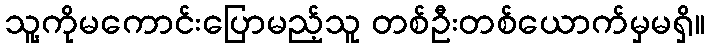
သူ့ကိုမကောင်းပြောမည့်သူ တစ်ဦးတစ်ယောက်မှမရှိ။